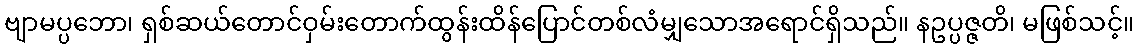
ဗျာမပ္ပဘော၊ ရှစ်ဆယ်တောင်ဝှမ်းတောက်ထွန်းထိန်ပြောင်တစ်လံမျှသောအရောင်ရှိသည်။ နဥပ္ပဇ္ဇတိ၊ မဖြစ်သင့်။